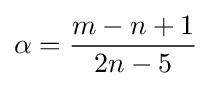
\alpha ={\frac {m-n+1}{2n-5}}